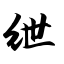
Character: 绁